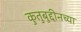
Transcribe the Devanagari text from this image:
कुतुबुद्दीनच्या